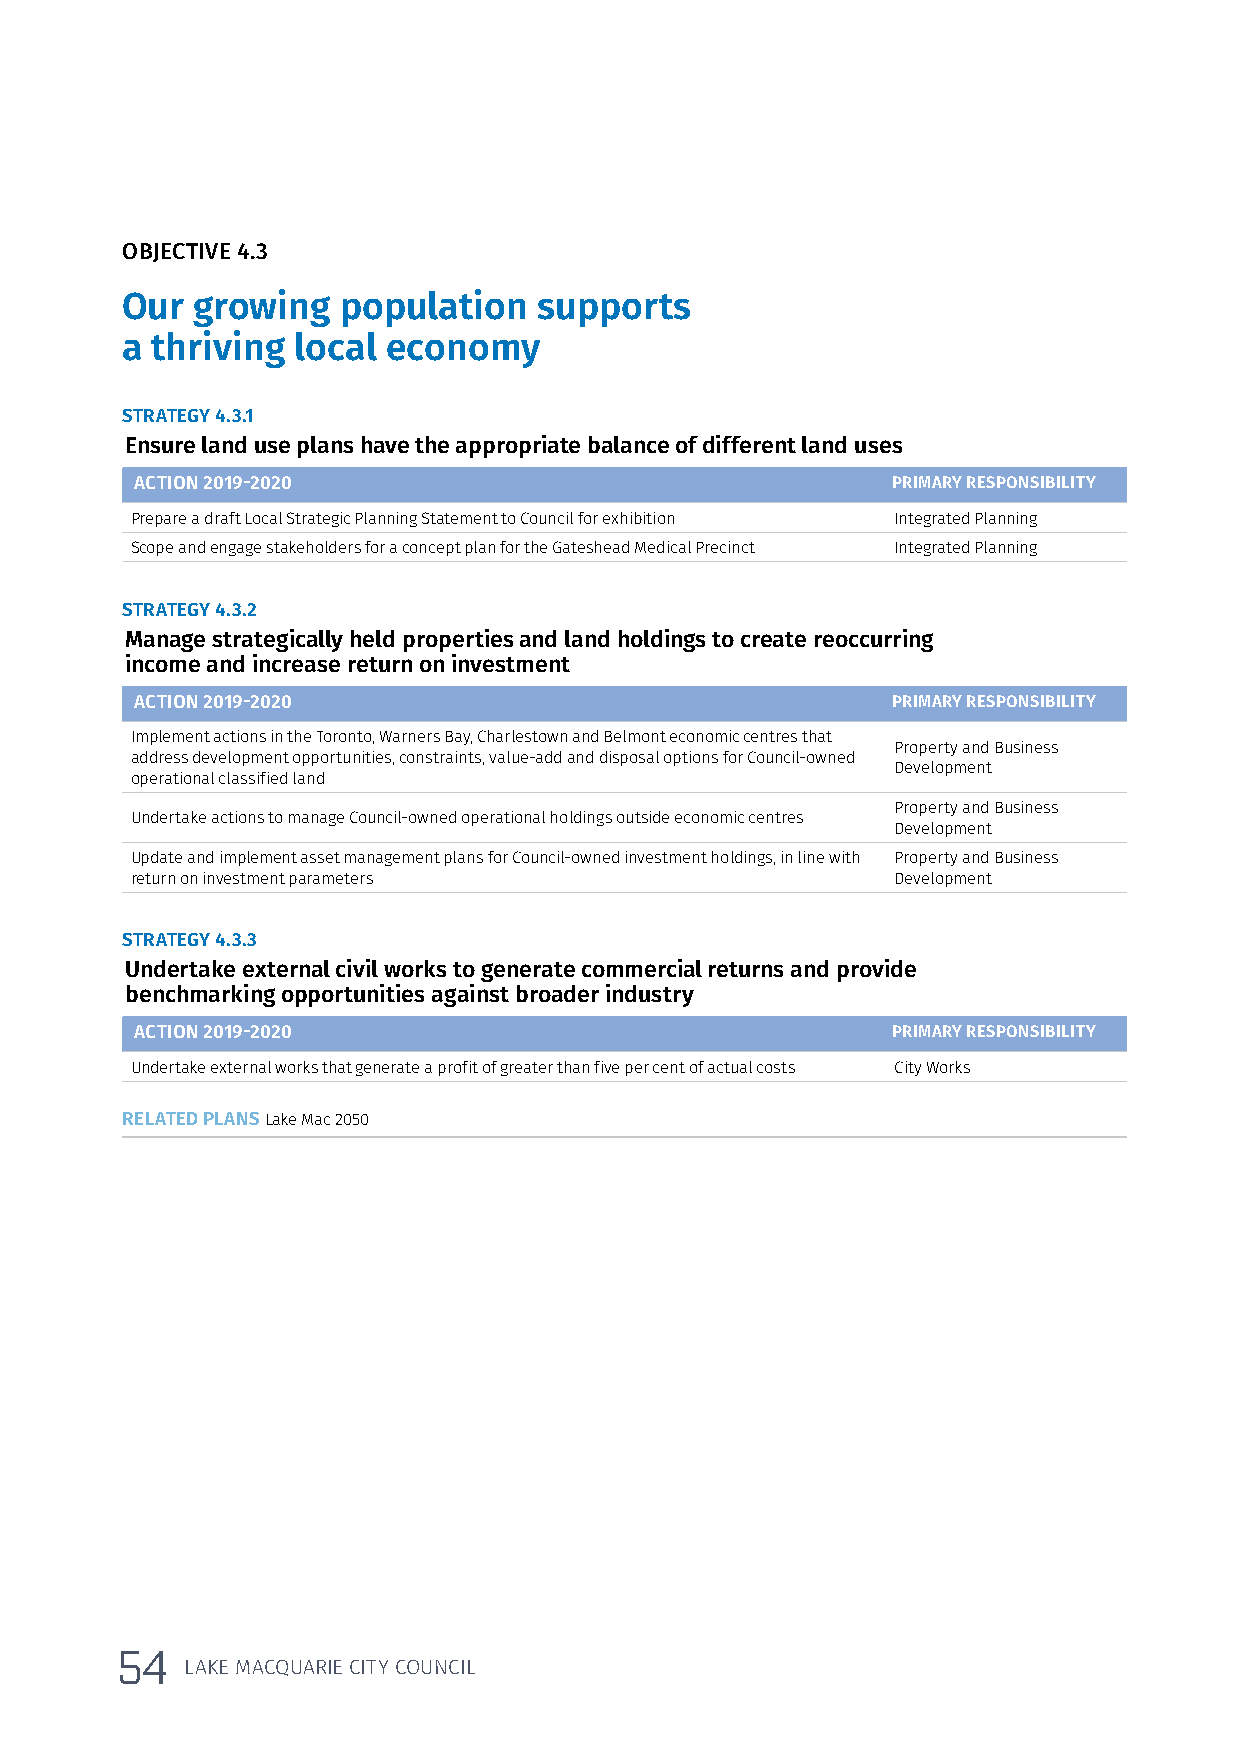
OBJECTIVE 4.3
 Our  growing  population    supports
 a thriving local  economy
 STRATEGY 4.3.1
 Ensure land use plans have the appropriate balance of different land uses
 ACTION 2019-2020                                  PRIMARY RESPONSIBILITY
 Prepare a draft Local Strategic Planning Statement to Council for exhibition Integrated Planning
 Scope and engage stakeholders for a concept plan for the Gateshead Medical Precinct Integrated Planning
 STRATEGY 4.3.2
 Manage strategically held properties and land holdings to create reoccurring
 income and increase return on investment
 ACTION 2019-2020                                  PRIMARY RESPONSIBILITY
 Implement actions in the Toronto, Warners Bay, Charlestown and Belmont economic centres that
 Property and Business
 address development opportunities, constraints, value-add and disposal options for Council-owned
 Development
 operational classified land
 Property and Business
 Undertake actions to manage Council-owned operational holdings outside economic centres
 Development
 Update and implement asset management plans for Council-owned investment holdings, in line with Property and Business
 return on investment parameters                   Development
 STRATEGY 4.3.3
 Undertake external civil works to generate commercial returns and provide
 benchmarking opportunities against broader industry
 ACTION 2019-2020                                  PRIMARY RESPONSIBILITY
 Undertake external works that generate a profit of greater than five per cent of actual costs City Works
 RELATED PLANS Lake Mac 2050
 54
 LAKE MACQUARIE CITY COUNCIL